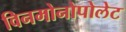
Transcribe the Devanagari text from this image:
विनमोनोपोलेट